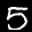
Label: 5